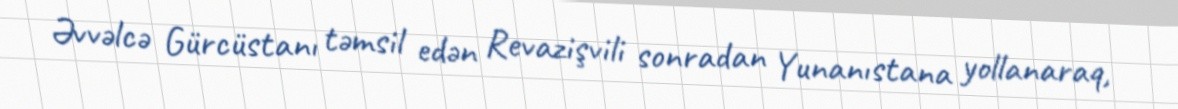
Əvvəlcə Gürcüstanı təmsil edən Revazişvili sonradan Yunanıstana yollanaraq,